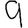
Digit: 9